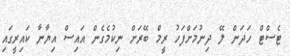
ޓެސްޓް ހަދަން ލޭ ދިނުމަށްފަހު ރީމް ބޭރަށް ނިކުމެގެން އައިސް އިޔާނާ ކައިރީގައި